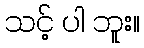
သင့် ပါ ဘူး။